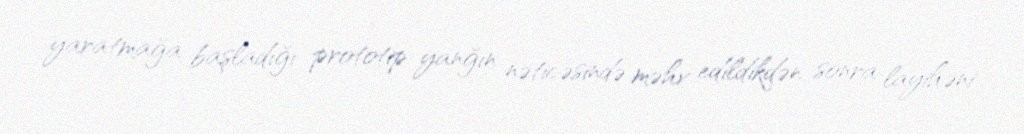
yaratmağa başladığı prototip yanğın nəticəsində məhv edildikdən sonra layihəni